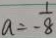
a = - \frac { 1 } { 8 }